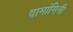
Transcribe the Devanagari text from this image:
वामांगिनी